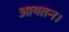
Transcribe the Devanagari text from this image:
आयतन।